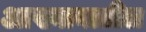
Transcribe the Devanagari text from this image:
आख्यानातील